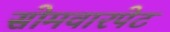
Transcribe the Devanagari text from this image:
सोमवारपेट